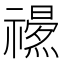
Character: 𥜏